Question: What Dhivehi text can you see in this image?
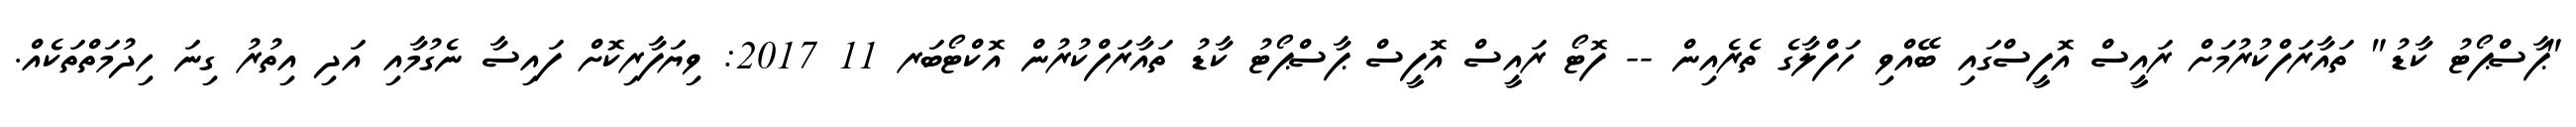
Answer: "ޕާސްޕޯޓު ކާޑު" ތައާރަފްކުރުމަށް ރައީސް އޮފީސްގައި ބޭއްވި ހަފްލާގެ ތެރެއިން -- ފޮޓޯ ރައީސް އޮފީސް ޕާސްޕޯޓު ކާޑު ތައާރަފްކުރުން އޮކްޓޯބަރ 11 2017: ވިޔަފާރިކޮށް ފައިސާ ނެގުމާއި އަދި އިތުރު ގިނަ ހިދުމަތްތަކެއް.